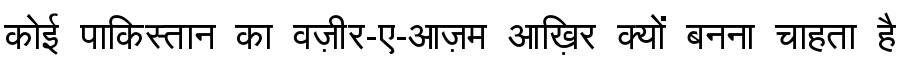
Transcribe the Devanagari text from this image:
कोई पाकिस्तान का वज़ीर-ए-आज़म आख़िर क्यों बनना चाहता है